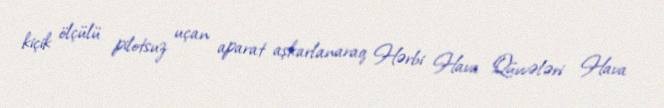
kiçik ölçülü pilotsuz uçan aparat aşkarlanaraq Hərbi Hava Qüvvələri Hava